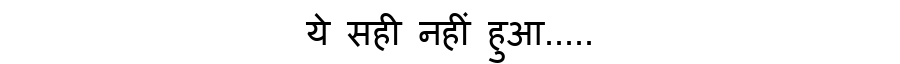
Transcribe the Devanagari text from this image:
ये सही नहीं हुआ.....